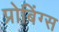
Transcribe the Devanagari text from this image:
प्रोबिंग्स